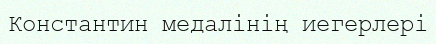
Константин медалінің иегерлері